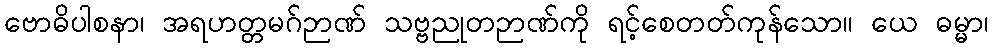
ဗောဓိပါစနာ၊ အရဟတ္တမဂ်ဉာဏ် သဗ္ဗညုတဉာဏ်ကို ရင့်စေတတ်ကုန်သော။ ယေ ဓမ္မာ၊